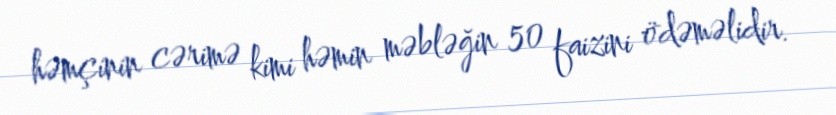
həmçinin cərimə kimi həmin məbləğin 50 faizini ödəməlidir.